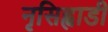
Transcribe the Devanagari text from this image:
नृसिह्वाडी